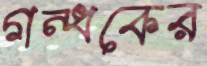
গন্ধকের